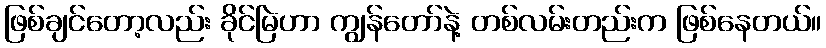
ဖြစ်ချင်တော့လည်း ခိုင်မြဲဟာ ကျွန်တော်နဲ့ တစ်လမ်းတည်းက ဖြစ်နေတယ်။